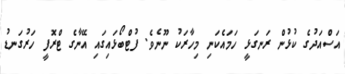
އަސްއަދުގެ ކުޅުން ރަނގަޅީ ހަމައެކަނި މިހާރަކު ނޫނެވެ. ފުޓްބޯޅައިގައި އޭނާގެ ޓްރޮފީ ހަރުގަނޑު